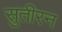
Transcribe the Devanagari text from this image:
सुतीरन